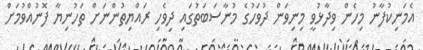
އެމަނިކުފާނު މިހެން ވިދާޅުވީ މިނިވަން ދުވަހުގެ މުނާސަބަތުގައި ދިވެހި ރައްޔިތުންނަށް ތަހުނިޔާ ފޮނުއްވުމަށް